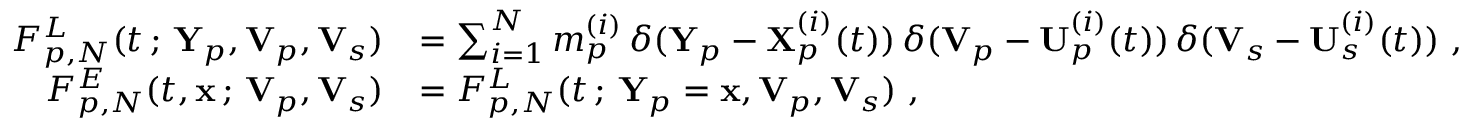
\begin{array} { r l } { F _ { p , N } ^ { L } ( t \, ; \, \mathbf { Y } _ { p } , \mathbf { V } _ { p } , \mathbf { V } _ { s } ) } & { = \sum _ { i = 1 } ^ { N } m _ { p } ^ { ( i ) } \, \delta ( \mathbf { Y } _ { p } - \mathbf { X } _ { p } ^ { ( i ) } ( t ) ) \, \delta ( \mathbf { V } _ { p } - \mathbf { U } _ { p } ^ { ( i ) } ( t ) ) \, \delta ( \mathbf { V } _ { s } - \mathbf { U } _ { s } ^ { ( i ) } ( t ) ) ~ , } \\ { F _ { p , N } ^ { E } ( t , \mathbf { x } \, ; \, \mathbf { V } _ { p } , \mathbf { V } _ { s } ) } & { = F _ { p , N } ^ { L } ( t \, ; \, \mathbf { Y } _ { p } = \mathbf { x } , \mathbf { V } _ { p } , \mathbf { V } _ { s } ) ~ , } \end{array}